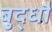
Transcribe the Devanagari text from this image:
बुद्धौ